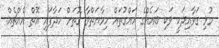
މުޅި ގަވާއިދަކީ ވަކި ބައެއްގެ ހައްގުތައް ހިމާޔަތްވާ ގޮތަށް ހަދާފައި އޮތް އެއްޗެއް.